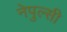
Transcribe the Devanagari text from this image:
नेपुल्सी